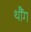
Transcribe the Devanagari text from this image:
थौंग